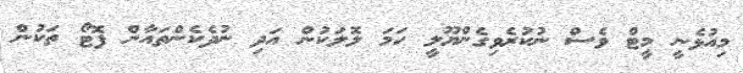
މިއުޅެނީ މީޓް ވެސް ނުކުރެވިގެންޔޫލީ ހަމަ ލޮލަކުން އަދި ނުދެކެންތައާން ފޮޓޯ ތަކުން